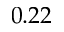
0 . 2 2